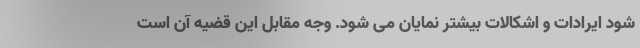
شود ایرادات و اشکالات بیشتر نمایان می شود. وجه مقابل این قضیه آن است